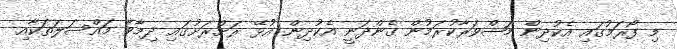
މި ފޯރަމުގައި އެކުދިން މަޝްވަރާކުރަމުން ގެންދަނީ އެކުދިން އުޅޭ ރަށްރަށުގައި ދިމާވާ މައްސަލަތަކާއި